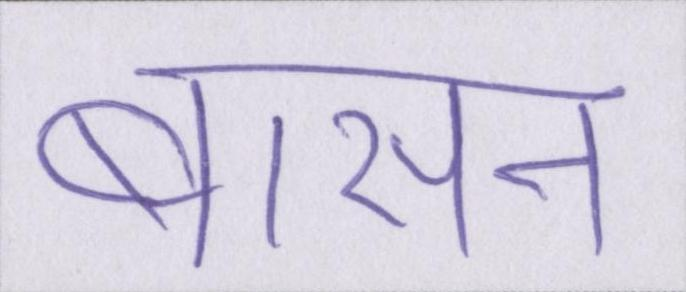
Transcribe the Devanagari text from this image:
बासन